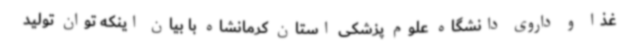
غذا و داروی دانشگاه علوم پزشکی استان کرمانشاه با بیان اینکه توان تولید